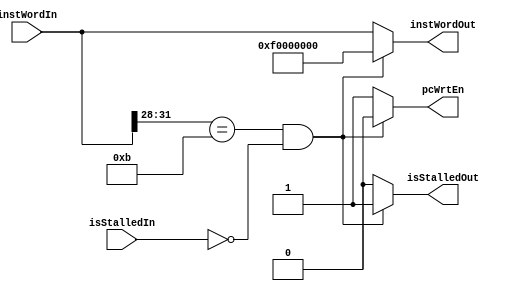
module Staller (isStalledIn,instWordIn,isStalledOut,pcWrtEn,instWordOut);
	parameter DATA_BIT_WIDTH = 32;
	
	parameter OP1_BCOND					 = 4'b0110;
	parameter OP1_SW   					 = 4'b0101;
	parameter OP1_LW   					 = 4'b1001;
	parameter OP1_JAL  					 = 4'b1011;
	parameter OP1_NOP  					 = 4'b1111;
	
	input isStalledIn;
	input[DATA_BIT_WIDTH - 1: 0] instWordIn;
	
	output isStalledOut, pcWrtEn;
	output [DATA_BIT_WIDTH - 1: 0] instWordOut; 
	
	reg isStalledOut, pcWrtEn;
	reg [DATA_BIT_WIDTH - 1: 0] instWordOut;
	
	always @(*) begin
		if((instWordIn[31:28] == OP1_JAL)&(isStalledIn == 1'b0)) begin
			pcWrtEn = 1'b0;
			instWordOut = {OP1_NOP, 28'h0000000};
			isStalledOut = 1'b1;
		end
		else begin
			pcWrtEn <= 1'b1;
			instWordOut <= instWordIn;
			isStalledOut = 1'b0;
		end
	end
endmodule